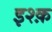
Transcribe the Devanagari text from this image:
इश्‍क़